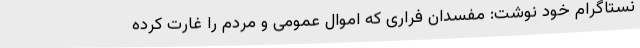
نستاگرام خود نوشت: مفسدان فراری که اموال عمومی و مردم را غارت کرده